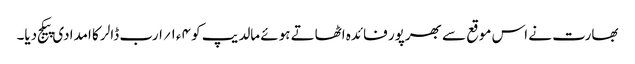
بھارت نے اس موقع سے بھرپور فائدہ اٹھاتے ہوئے مالدیپ کو ۴ء۱؍ارب ڈالر کا امدادی پیکج دیا۔